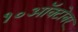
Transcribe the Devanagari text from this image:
१०ऑक्टोबर